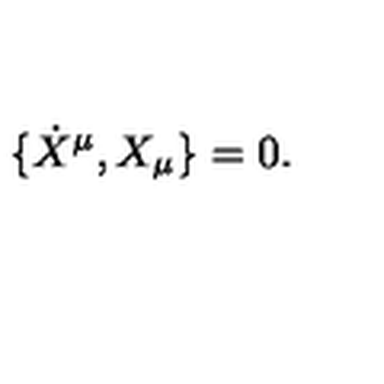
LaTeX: \{ \dot { X } ^ { \mu } , X _ { \mu } \} = 0 .